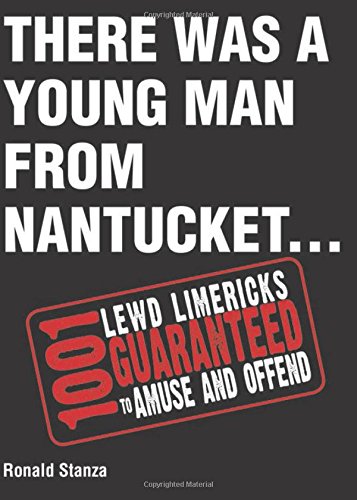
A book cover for There Was a Young Man from Nantucket: 1,001 Lewd Limericks Guaranteed to Amuse and Offend; Ronald Stanza; Humor & Entertainment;